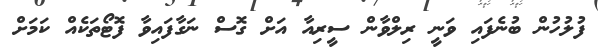
ފުލުހުން ބުނެފައި ވަނީ ރިލްވާން ސީރިއާ އަށް ގޮސް ނަގާފައިވާ ފޮޓޯތަކެއް ކަމަށް